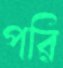
পরি